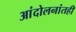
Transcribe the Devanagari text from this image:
आंदोलनांतही